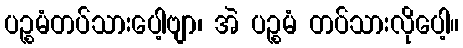
ပဉ္စမံတပ်သားပေါ့ဗျာ၊ အဲ ပဉ္စမံ တပ်သားလိုပေါ့။